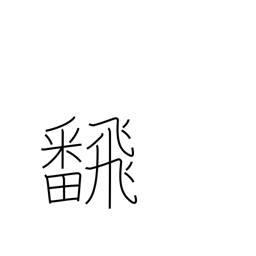
Meaning: flip over